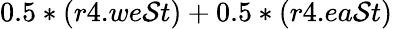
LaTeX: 0.5*(r4.we\mathcal{S}t)+0.5*(r4.ea\mathcal{S}t)